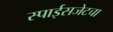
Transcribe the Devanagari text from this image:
स्पाईसजेटचा